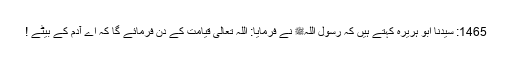
1465: سیدنا ابو ہریرہؓ کہتے ہیں کہ رسول اللہﷺ نے فرمایا: اللہ تعالیٰ قیامت کے دن فرمائے گا کہ اے آدم کے بیٹے !